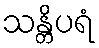
သန္တိပရံ